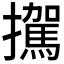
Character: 𪯀